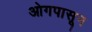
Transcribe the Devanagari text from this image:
ओगपासून